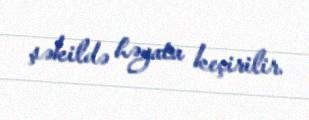
şəkildə həyata keçirilir.